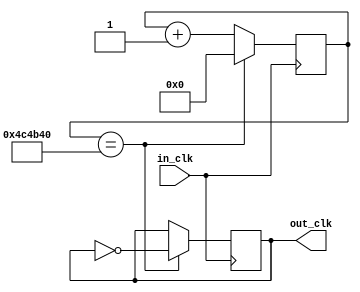
module clock (
    output reg out_clk,
    input wire in_clk
);
    
    reg [24:0] count = 0;

    always @(posedge in_clk) begin
        if (count == 5000000) begin
            count <= 0;
            out_clk <= ~out_clk;
        end else begin
            count <= count + 1;
        end
    end

endmodule